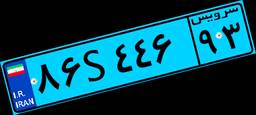
۱۱S۲۴۰۱۸